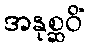
အနုစ္ဆဝိံ